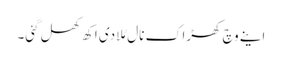
اینے وچ کھڑاک نال مُلا دی اکھ کھل گئی۔